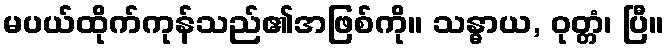
မပယ်ထိုက်ကုန်သည်၏အဖြစ်ကို။ သန္ဓာယ, ဝုတ္တံ၊ ပြီ။